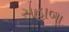
સહાબા